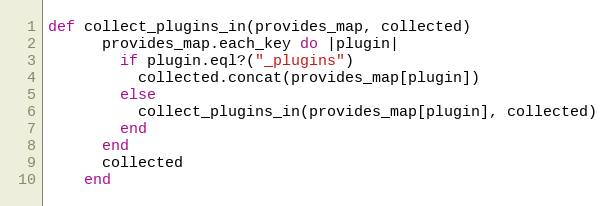
Language: Ruby
def collect_plugins_in(provides_map, collected)
      provides_map.each_key do |plugin|
        if plugin.eql?("_plugins")
          collected.concat(provides_map[plugin])
        else
          collect_plugins_in(provides_map[plugin], collected)
        end
      end
      collected
    end